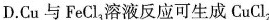
D.Cu与FeCl_{3}溶液反应可生成CuCl_{2}